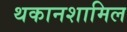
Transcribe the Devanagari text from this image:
थकानशामिल